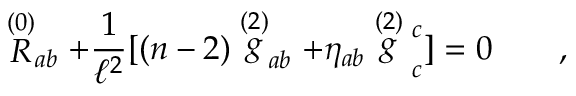
\stackrel { ( 0 ) } { \cal { R } } _ { a b } + { \frac { 1 } { \ell ^ { 2 } } } [ ( n - 2 ) \stackrel { ( 2 ) } g _ { a b } + \eta _ { a b } \stackrel { ( 2 ) } g \strut _ { c } ^ { c } ] = 0 \qquad ,